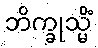
ဘိက္ခုသ္မိံ